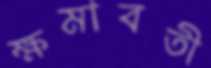
ক্ষমাবতী